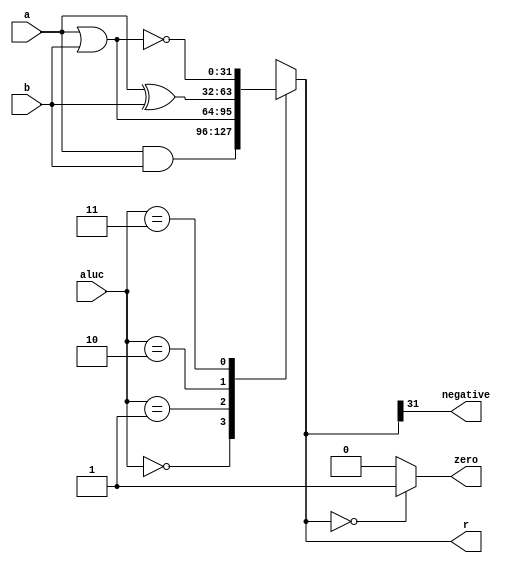
`timescale 1ns / 1ps

module logical(
  input [31:0] a,
  input [31:0] b,
  input [1:0] aluc,
  output reg [31:0] r,
  output zero,
  output negative
    );
    assign zero = (r == 32'b0) ? 1'b1 : 1'b0;
    assign negative = r[31];

    always @(*)
    begin
      case(aluc)
        2'b00:r <= a & b;
        2'b01:r <= a | b;
        2'b10:r <= a ^ b;
        2'b11:r <= ~(a | b);
      endcase
    end
endmodule
///////////////////////////////////////////////////
module comparer(
  input [31:0] a,
  input [31:0] b,
  input [1:0] aluc,
  output reg [31:0] r,
  output reg zero,
  output reg carry,
  output reg negative
    );
    always @(*)
    begin
      case(aluc)
        2'b11: begin r <= ( $signed(a) < $signed(b) ) ? 1 : 0;negative <= r;zero <= ( $signed(a) == $signed(b) ) ? 1 : 0;end
        2'b10: begin r <= ( a < b ) ? 1 : 0;negative <= r[31];zero <= ( a ==  b ) ? 1 : 0;carry <= r;end
        default: r <= {b[15:0],16'b0};
      endcase
    end
endmodule
/////////////////////////////////////////////////
module arithmetic(
  input [31:0] a,
  input [31:0] b,
  input [1:0] aluc,
  output reg [31:0] r,
  output zero,
  output reg carry,
  output reg negative,
  output reg overflow
    );
    assign zero = (r == 32'b0) ? 1'b1 : 1'b0;
    always @(*)
    begin
        case(aluc)
          2'b00:       begin {carry, r} <= {1'b0,a} + {1'b0,b};negative <= r[31];end                                                         //addu
          2'b10:
          begin
          r <= a + b;
          overflow <= ({a[31],b[31],r[31]} == 3'b001 || {a[31],b[31],r[31]} == 3'b110) ? 1 : 0;
          negative <= r[31];
          end
          2'b01:       begin {carry, r} <= {1'b0,a} - {1'b0,b};negative <= r[31];end                                                        //subu
          2'b11:
          begin
          r <= a - b;
          overflow <= ({a[31],b[31],r[31]} == 3'b011 || {a[31],b[31],r[31]} == 3'b100) ? 1 : 0;
          negative <= r[31];
          end
        endcase
    end
endmodule
/////////////////////////////////////////////////////////
module shift(
  input [31:0] a,
  input [31:0] b,
  input [1:0] aluc,
  output reg [31:0] r,
  output zero,
  output reg carry
    );
    assign zero = (r == 32'b0) ? 1'b1 : 1'b0;
    always @(*)
    begin
      case(aluc)
        2'b00: begin r <= $signed(b) >>> a ;carry <= b[a-1];end
        2'b01: begin r <= b >> a;carry <= b[a-1];end
        default:begin r <= b << a;carry <= b[32-a];end
      endcase
    end
endmodule
///////////////////////////////////////////////////////////
module alu(
  input [31:0] a,
  input [31:0] b,
  input [4:0] aluc,
  output reg [31:0] r,
  output reg zero,
  output reg carry,
  output reg negative,
  output reg overflow
    );
    reg [5:0] tmp;
    parameter [1:0] C_arithmetic = 2'b00,
                    C_logical    = 2'b01,
                    C_comparer   = 2'b10,
                    C_shift      = 2'b11;

    wire [31:0] arithmetic_r,logical_r,comparer_r,shift_r;
    wire arithmetic_zero,arithmetic_carry,arithmetic_negative,a_overflow;
    wire comparer_zero,comparer_carry,comparer_negative;
    wire logical_zero,logical_negative;
    wire shift_zero,shift_carry;

    arithmetic arithmetic_inst(a,b,aluc[1:0],arithmetic_r,arithmetic_zero,arithmetic_carry,arithmetic_negative,a_overflow);
    comparer comparer_inst(a,b,aluc[1:0],comparer_r,comparer_zero,comparer_carry,comparer_negative);
    logical logical_inst(a,b,aluc[1:0],logical_r,logical_zero,logic_negative);
    shift shift_inst(a,b,aluc[1:0],shift_r,shift_zero,shift_carry);

    always @(*)
    begin
    if(aluc[4] == 0)begin
      case(aluc[3:2])
        C_arithmetic: begin r <= arithmetic_r; zero <= arithmetic_zero; carry <= arithmetic_carry;negative <= arithmetic_negative;overflow <= a_overflow;end
        C_comparer:   begin r <= comparer_r;   zero <= comparer_zero;  carry <= comparer_carry;negative <= comparer_negative;end
        C_logical:    begin r <= logical_r;    zero <= logical_zero; negative <= logic_negative;  end
        C_shift:      begin r <= shift_r;      zero <= shift_zero; carry <= shift_carry;     end
      endcase
    end
    else if(aluc == 5'b10001)//clz
      begin
      if(a[31])
      tmp=0;
      else if(a[30])
      tmp=1;
      else if(a[29])
      tmp=2;
      else if(a[28])
      tmp=3;
      else if(a[27])
      tmp=4;
      else if(a[26])
      tmp=5;
      else if(a[25])
      tmp=6;
      else if(a[24])
      tmp=7;
      else if(a[23])
      tmp=8;
      else if(a[22])
      tmp=9;
      else if(a[21])
      tmp=10;
      else if(a[20])
      tmp=11;
      else if(a[19])
      tmp=12;
      else if(a[18])
      tmp=13;
      else if(a[17])
      tmp=14;
      else if(a[16])
      tmp=15;
      else if(a[15])
      tmp=16;
      else if(a[14])
      tmp=17;
      else if(a[13])
      tmp=18;
      else if(a[12])
      tmp=19;
      else if(a[11])
      tmp=20;
      else if(a[10])
      tmp=21;
      else if(a[9])
      tmp=22;
      else if(a[8])
      tmp=23;
      else if(a[7])
      tmp=24;
      else if(a[6])
      tmp=25;
      else if(a[5])
      tmp=26;
      else if(a[4])
      tmp=27;
      else if(a[3])
      tmp=28;
      else if(a[2])
      tmp=29;
      else if(a[1])
      tmp=30;
      else if(a[0])
      tmp=31;
      else
      tmp=32;
      r=tmp;
      if(tmp==0)
      zero=1;
      else
      zero=0;
      end
    end

endmodule